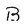
Character: B